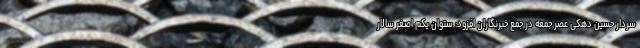
سردار حسین دهکی عصر جمعه در جمع خبرنگاران افزود: ستوان یکم اصغر سالار